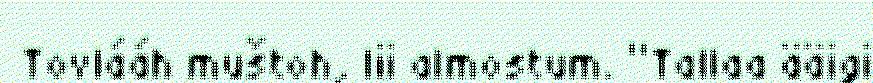
Tovlááh muštoh, lii almostum. “Tallaa ääigi